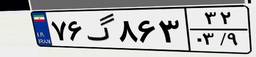
۹۳گ۳۲۴۲۲